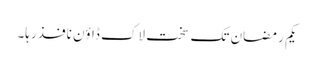
یکم رمضان تک سخت لاک ڈاؤن نافذ رہا۔